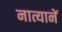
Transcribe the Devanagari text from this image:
नात्यानें